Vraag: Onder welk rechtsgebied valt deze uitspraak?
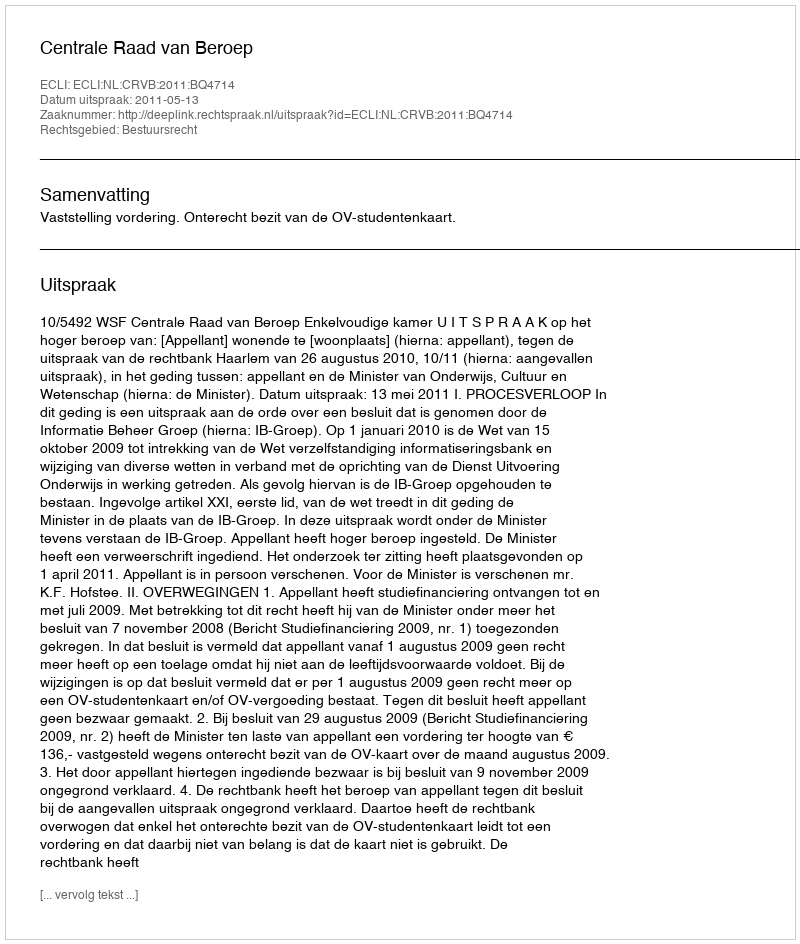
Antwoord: Bestuursrecht